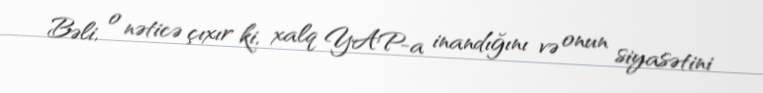
Bəli, o nəticə çıxır ki, xalq YAP-a inandığını və onun siyasətini